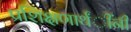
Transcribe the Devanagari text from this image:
प्रशिक्षणार्थंींनी